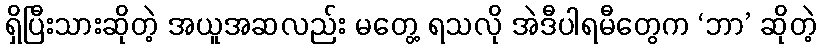
ရှိပြီးသားဆိုတဲ့ အယူအဆလည်း မတွေ့ ရသလို အဲဒီပါရမီတွေက ‘ဘာ’ ဆိုတဲ့